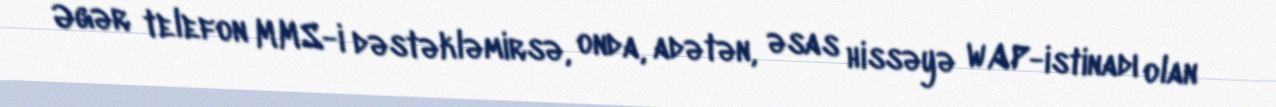
Əgər telefon MMS-i dəstəkləmirsə, onda, adətən, əsas hissəyə WAP-istinadı olan